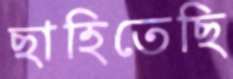
ছাহিতেছি